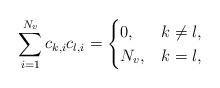
LaTeX: \begin{align*}\sum\limits_{i=1}^{N_v}c_{k,i}c_{l,i}=\begin{cases}0, & k\neq l,\\N_v, & k=l, \end{cases}\end{align*}